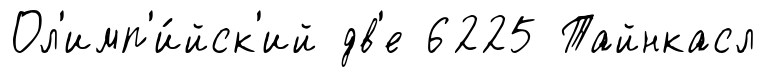
Ол'имп'и́йск'ий дв'е 6225 Тайнкасл